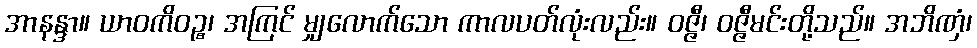
အာနန္ဒာ။ ယာဝကိဝဉ္စ၊ အကြင် မျှလောက်သော ကာလပတ်လုံးလည်း။ ဝဇ္ဇီ၊ ဝဇ္ဇီမင်းတို့သည်။ အဘိဏှံ၊